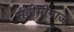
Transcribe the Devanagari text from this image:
सूडोमोनाज